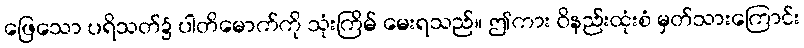
ဖြေသော ပရိသတ်၌ ပါတိမောက်ကို သုံးကြိမ် မေးရသည်။ ဤကား ဝိနည်းထုံးစံ မှတ်သားကြောင်း